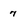
Character: 7